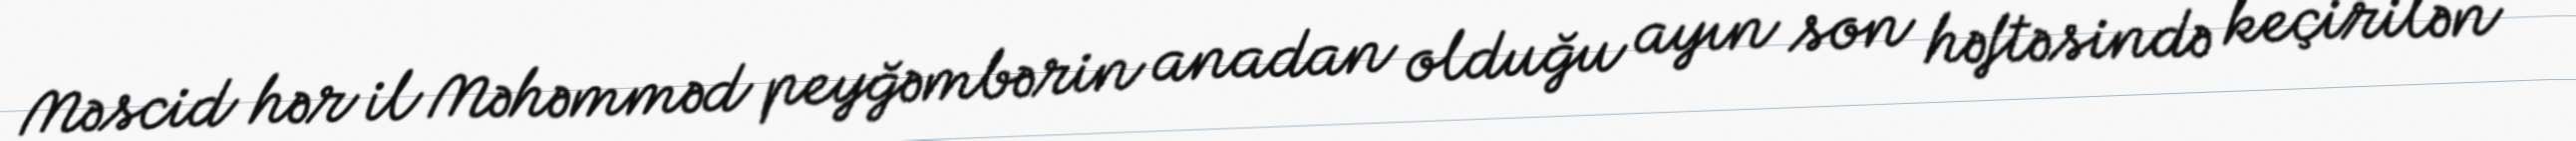
Məscid hər il Məhəmməd peyğəmbərin anadan olduğu ayın son həftəsində keçirilən